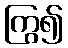
ကြွ၍